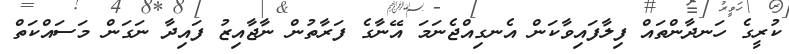
ކުރީގެ ހަނދާންތައް ފިލާފައިވާކަން އެނގިއްޖެނަމަ އޭނާގެ ފަރާތުން ނާޖާއިޒު ފައިދާ ނަގަން މަސައްކަތް